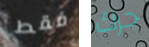
فقط حرك